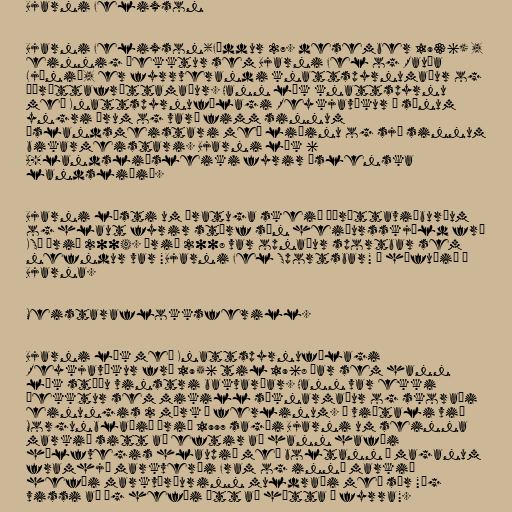
Bjarni Felixson

Bjarni Felixson(Fæddur 27. desember 1936) ,
einnig þekktur sem Bjarni Fel og Rauða
Ljónið, er fyrrverandi knattspyrnumaður og
íþróttafréttamaður. Hann lék knattspyrnu
með Knattspyrnufélagi Reykjavíkur á sínum
yngri árum og varð fimm sinnum
Íslandsmeistari með liðinu og sjö sinnum
bikarmeistari. Bjarni lék 6
A-landsliðsleiki fyrir íslenska
landsliðið.

Bjarni lýsti um áratuga skeið íþróttaviðburðum
og hlaut fyrir störf sín heiðursskjöld frá
KSÍ árið 2004. Árið 2008 var opnaður sportbar sem
nefndur var "Bjarni Fel Sportsbar" í höfuðið á
Bjarna.

Meistaraflokksferill.

Bjarni lék með Knattspyrnufélagi
Reykjavíkur frá 1956 til 1968 þar sem hann
lék stöðu vinstri bakvarðar. Hann var ekki
þekktur sem mikill sóknarmaður og skoraði
einungis 2 mörk á ferlinum. Í viðtali við
Morgunblaðið árið 1997 sagði Bjarni um seinna
markið sitt að eftir að hann hafði
hálfvegis hlaupið með boltann á maganum
framhjá markverði Fram og inní markið
hefði markvörðurinn muldraði með sér "Ég
vissi að ég hefði átt að hætta í fyrra".